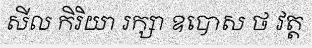
សីល កិរិយា រក្សា ឧបោស ថ វត្ត